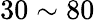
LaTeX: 30\sim 80